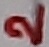
Text: 2